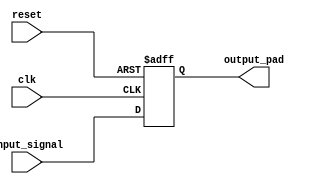
module LVCMOS_buffer (
    input wire clk,
    input wire reset,
    input wire input_signal,
    output wire output_pad
);

reg buffered_signal;

always @(posedge clk or posedge reset) begin
    if (reset) begin
        buffered_signal <= 1'b0;
    end else begin
        buffered_signal <= input_signal;
    end
end

assign output_pad = buffered_signal;

endmodule